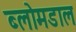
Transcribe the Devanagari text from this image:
ब्लोमडाल